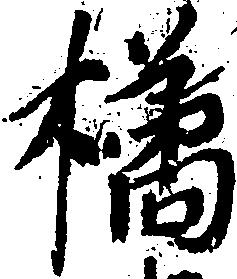
橘